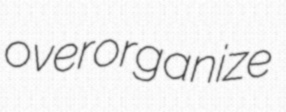
overorganize